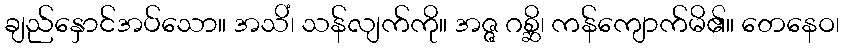
ချည်နှောင်အပ်သော။ အသိံ၊ သန်လျက်ကို။ အဇ္ဇ ဂစ္ဆိ၊ ကန်ကျောက်မိ၏။ တေနေဝ၊